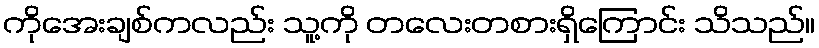
ကိုအေးချစ်ကလည်း သူ့ကို တလေးတစားရှိကြောင်း သိသည်။